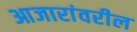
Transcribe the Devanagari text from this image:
आजारांवरील